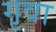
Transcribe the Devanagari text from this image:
गृवा